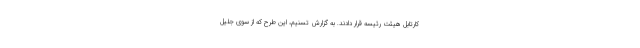
کارتابل هیئت رئیسه قرار دادند. به گزارش تسنیم، این طرح که از سوی جلیل